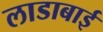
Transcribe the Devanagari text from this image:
लाडाबाई